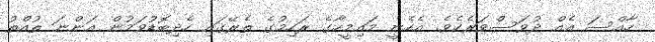
ހާއްސަ އެއް ދުވަސްވަރެކެވެ. އެހެނީ މައިމީހާގެ ރަހިމުގެ ތެރޭގައި ހެދިބޮޑުވަމުން އަންނަ ތުއްތު